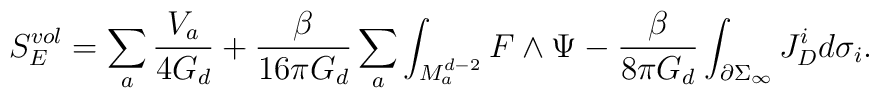
S_{E}^{vol} = \sum_{a} \frac{V_{a}}{4 G_{d}} + \frac{\beta}{16 \pi G_{d}}\sum_{a}\int_{M_{a}^{d-2}} F \wedge \Psi - \frac{\beta}{8 \pi G_{d}} \int_{\partial\Sigma_{\infty}} J^{i}_{D} d\sigma_{i}.